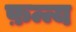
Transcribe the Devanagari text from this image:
फ़न्न्य